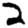
Digit: 2